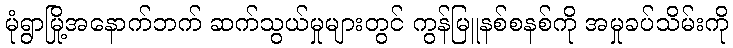
မုံရွာမြို့အနောက်ဘက် ဆက်သွယ်မှုများတွင် ကွန်မြူနစ်စနစ်ကို အမှုခပ်သိမ်းကို